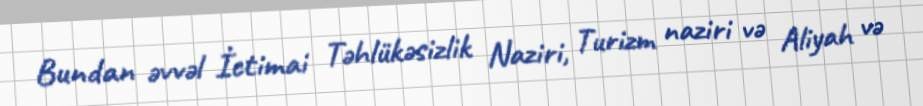
Bundan əvvəl İctimai Təhlükəsizlik Naziri, Turizm naziri və Aliyah və